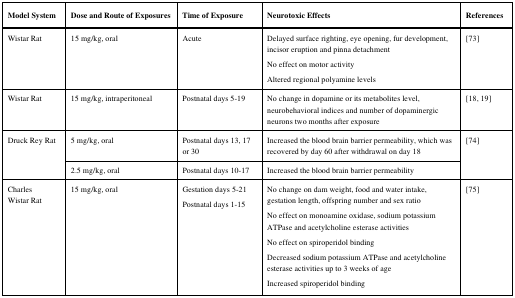
<table><thead><tr><td><b>Model System</b></td><td><b>Dose and Route of Exposures</b></td><td><b>Time of Exposure</b></td><td><b>Neurotoxic Effects</b></td><td><b>References</b></td></tr></thead><tbody><tr><td rowspan="3">Wistar Rat </td><td rowspan="3">15 mg/kg, oral</td><td rowspan="3">Acute</td><td>Delayed surface righting, eye opening, fur development, incisor eruptionand pinna detachment</td><td rowspan="3">[73]</td></tr><tr><td>No effect on motor activity</td></tr><tr><td>Altered regional polyamine levels</td></tr><tr><td>Wistar Rat</td><td>15 mg/kg, intraperitoneal</td><td>Postnatal days 5-19</td><td>No change in dopamine or its metabolites level,neurobehavioral indices and number of dopaminergic neurons two monthsafter exposure </td><td>[18, 19]</td></tr><tr><td rowspan="3">Druck Rey Rat </td><td>5 mg/kg, oral</td><td>Postnatal days 13, 17 or 30</td><td>Increased the blood brain barrier permeability, which was recovered byday 60 after withdrawal on day 18</td><td rowspan="3">[74]</td></tr><tr><td>2.5 mg/kg, oral</td><td>Postnatal days 10-17</td><td>Increased the blood brain barrier permeability </td></tr><tr><td rowspan="5">CharlesWistar Rat </td><td rowspan="5">15 mg/kg, oral</td><td rowspan="5">Gestation days 5-21 Postnatal days 1-15</td><td>No change on dam weight, food and water intake, gestation length, offspring number and sex ratio</td><td rowspan="5">[75]</td></tr><tr><td>No effect on monoamine oxidase, sodium potassium ATPase and acetylcholine esterase activities</td></tr><tr><td>No effect on spiroperidol binding</td></tr><tr><td>Decreased sodium potassium ATPase and acetylcholine esterase activities up to 3 weeks of age</td></tr><tr><td>Increased spiroperidol binding</td></tr></tbody></table>